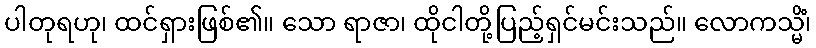
ပါတုရဟု၊ ထင်ရှားဖြစ်၏။ သော ရာဇာ၊ ထိုငါတို့ပြည့်ရှင်မင်းသည်။ လောကသ္မိံ၊